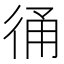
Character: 𢓶